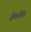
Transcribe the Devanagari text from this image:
जेवरसिंह